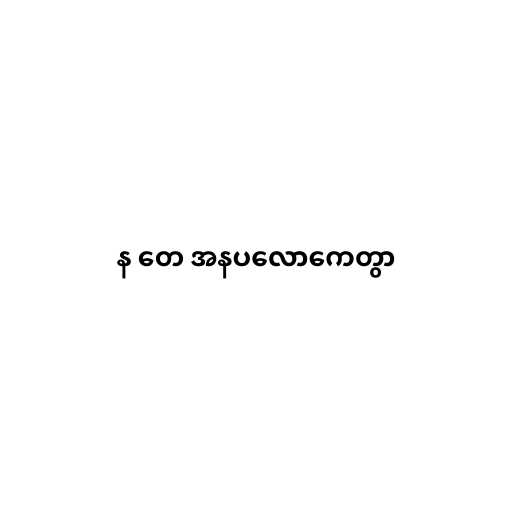
န တေ အနပလောကေတွာ